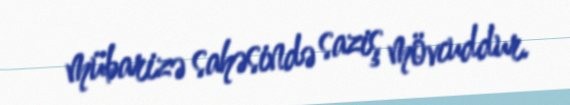
mübarizə sahəsində saziş mövcuddur.